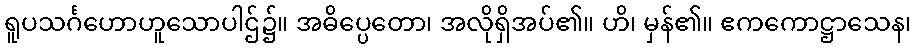
ရူပသင်္ဂဟောဟူသောပါဌ်၌။ အဓိပ္ပေတော၊ အလိုရှိအပ်၏။ ဟိ၊ မှန်၏။ ဧကကောဋ္ဌာသေန၊